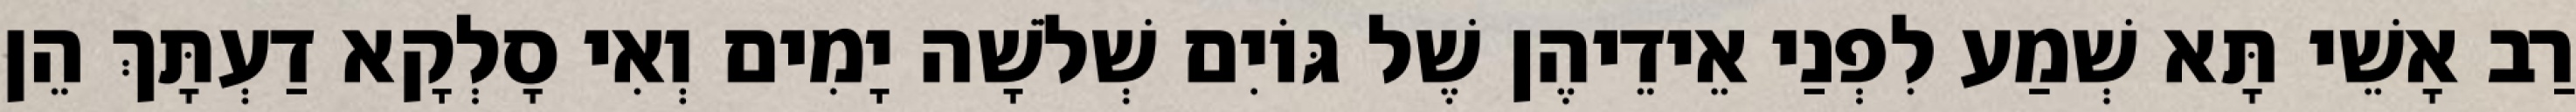
רַב אָשֵׁי תָּא שְׁמַע לִפְנַי אֵידֵיהֶן שֶׁל גּוֹיִם שְׁלֹשָׁה יָמִים וְאִי סָלְקָא דַעְתָּךְ הֵן